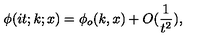
\phi ( i t ; k ; x ) = \phi _ { o } ( k , x ) + O ( \frac { 1 } { t ^ { 2 } } ) ,